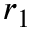
r _ { 1 }